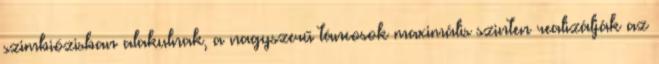
szimbiózisban alakulnak, a nagyszerű táncosok maximális szinten realizálják az